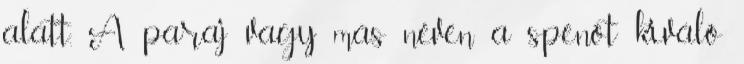
alatt. A paraj vagy más néven a spenót kiváló